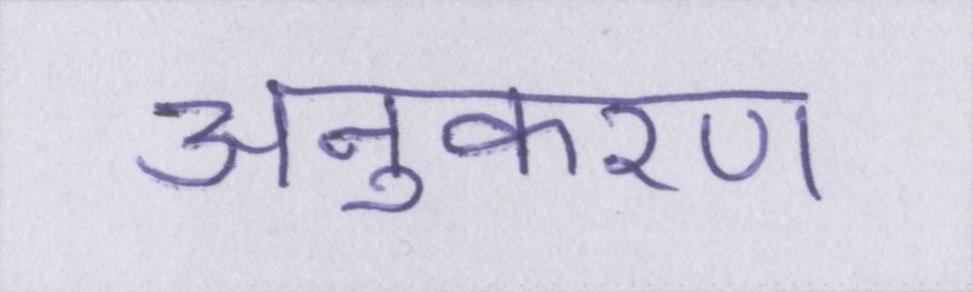
अनुकरण